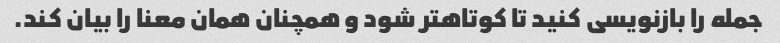
جمله را بازنویسی کنید تا کوتاهتر شود و همچنان همان معنا را بیان کند.